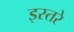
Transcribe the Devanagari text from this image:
इस्तरे